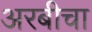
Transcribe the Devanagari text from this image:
अरबीचा